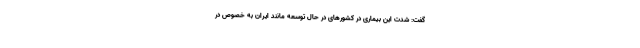
گفت: شدت این بیماری در کشورهای در حال توسعه مانند ایران به خصوص در